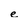
Character: e